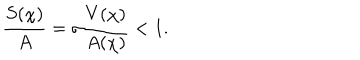
LaTeX: \frac { S ( \chi ) } { A } = \sigma \frac { V ( \chi ) } { A ( \chi ) } < 1 .